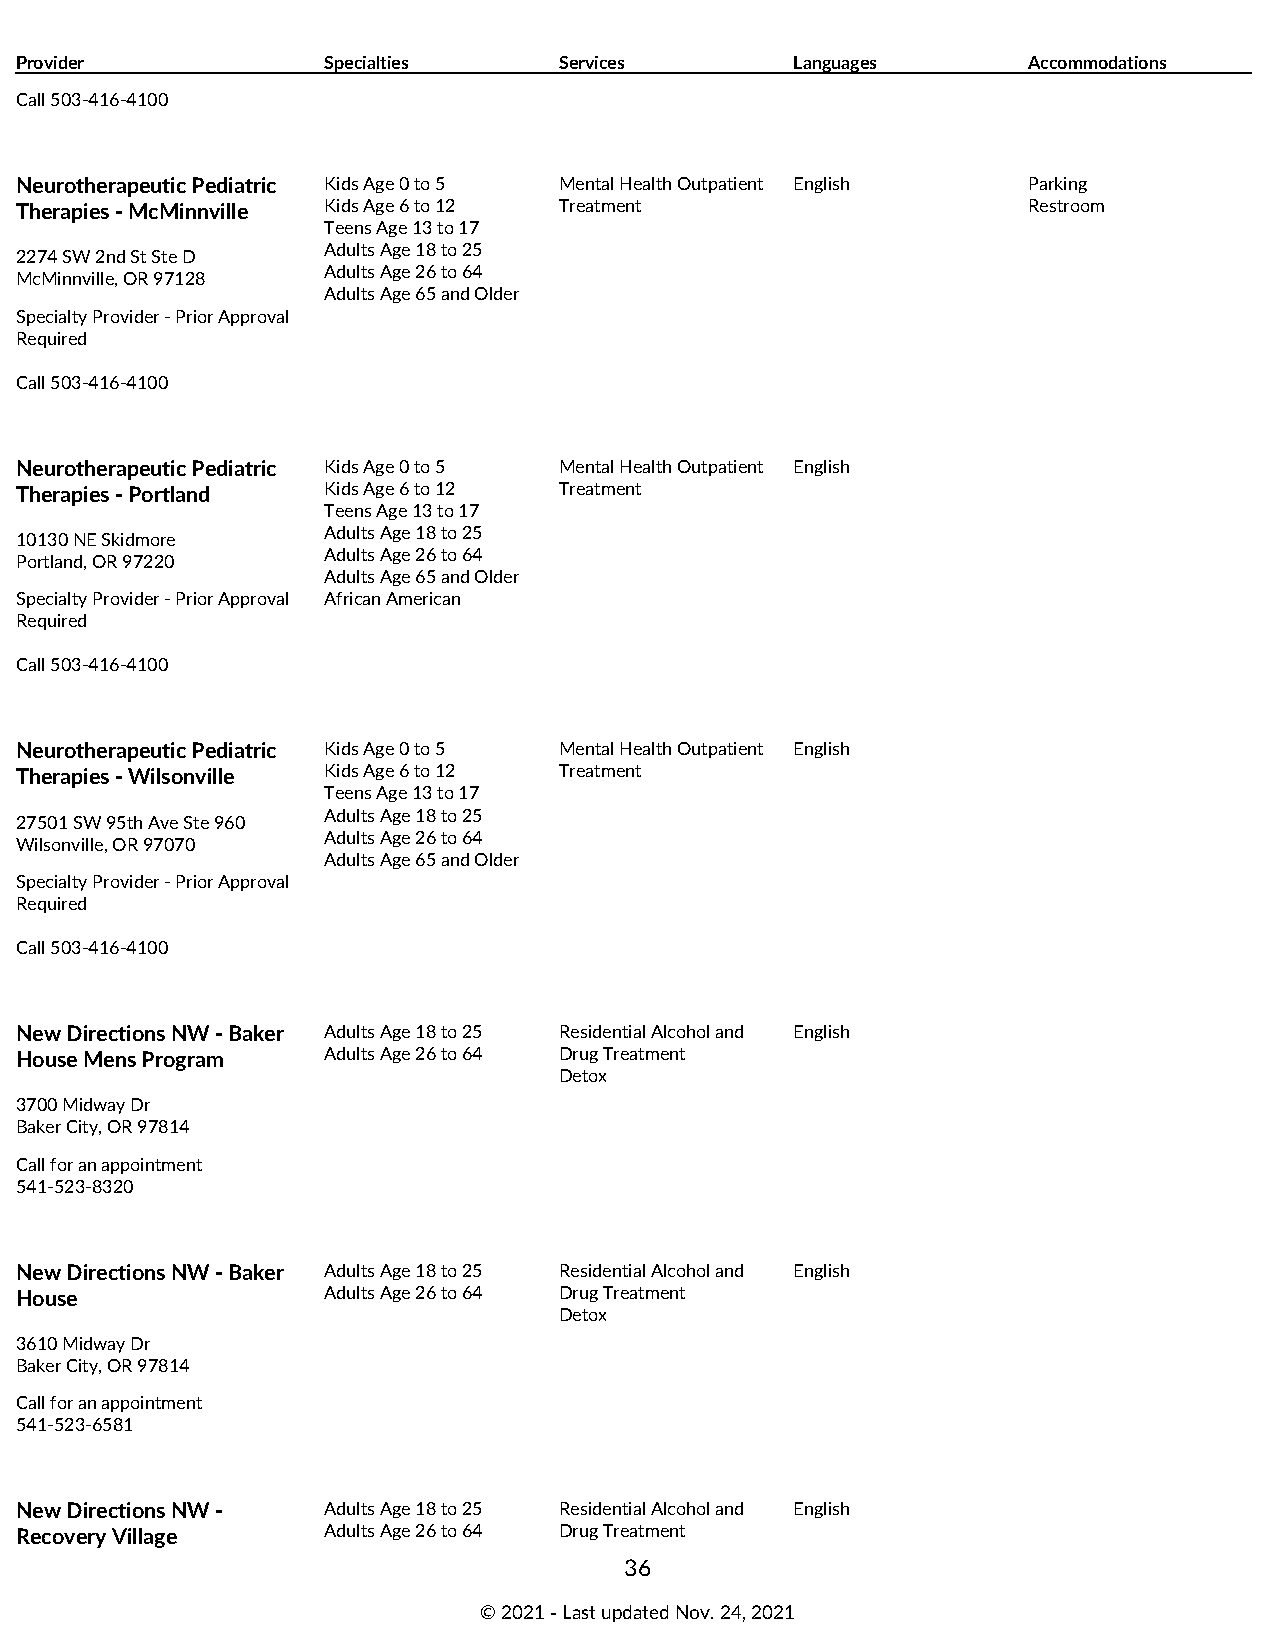
Provider            Specialties     Services        Languages      Accommodations
 Call 503-416-4100
 Neurotherapeutic Pediatric Kids Age 0 to 5 Mental Health Outpatient English Parking
 Therapies - McMinnville Kids Age 6 to 12 Treatment                 Restroom
 Teens Age 13 to 17
 Adults Age 18 to 25
 2274 SW 2nd St Ste D
 Adults Age 26 to 64
 McMinnville, OR 97128
 Adults Age 65 and Older
 Specialty Provider - Prior Approval
 Required
 Call 503-416-4100
 Neurotherapeutic Pediatric Kids Age 0 to 5 Mental Health Outpatient English
 Therapies - Portland Kids Age 6 to 12 Treatment
 Teens Age 13 to 17
 Adults Age 18 to 25
 10130 NE Skidmore
 Adults Age 26 to 64
 Portland, OR 97220
 Adults Age 65 and Older
 Specialty Provider - Prior Approval African American
 Required
 Call 503-416-4100
 Neurotherapeutic Pediatric Kids Age 0 to 5 Mental Health Outpatient English
 Therapies - Wilsonville Kids Age 6 to 12 Treatment
 Teens Age 13 to 17
 Adults Age 18 to 25
 27501 SW 95th Ave Ste 960
 Adults Age 26 to 64
 Wilsonville, OR 97070
 Adults Age 65 and Older
 Specialty Provider - Prior Approval
 Required
 Call 503-416-4100
 New Directions NW - Baker Adults Age 18 to 25 Residential Alcohol and English
 House Mens Program  Adults Age 26 to 64 Drug Treatment
 Detox
 3700 Midway Dr
 Baker City, OR 97814
 Call for an appointment
 541-523-8320
 New Directions NW - Baker Adults Age 18 to 25 Residential Alcohol and English
 House               Adults Age 26 to 64 Drug Treatment
 Detox
 3610 Midway Dr
 Baker City, OR 97814
 Call for an appointment
 541-523-6581
 New Directions NW - Adults Age 18 to 25 Residential Alcohol and English
 Recovery Village    Adults Age 26 to 64 Drug Treatment
 36
 © 2021 ‑ Last updated Nov. 24, 2021